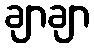
ချာချာ